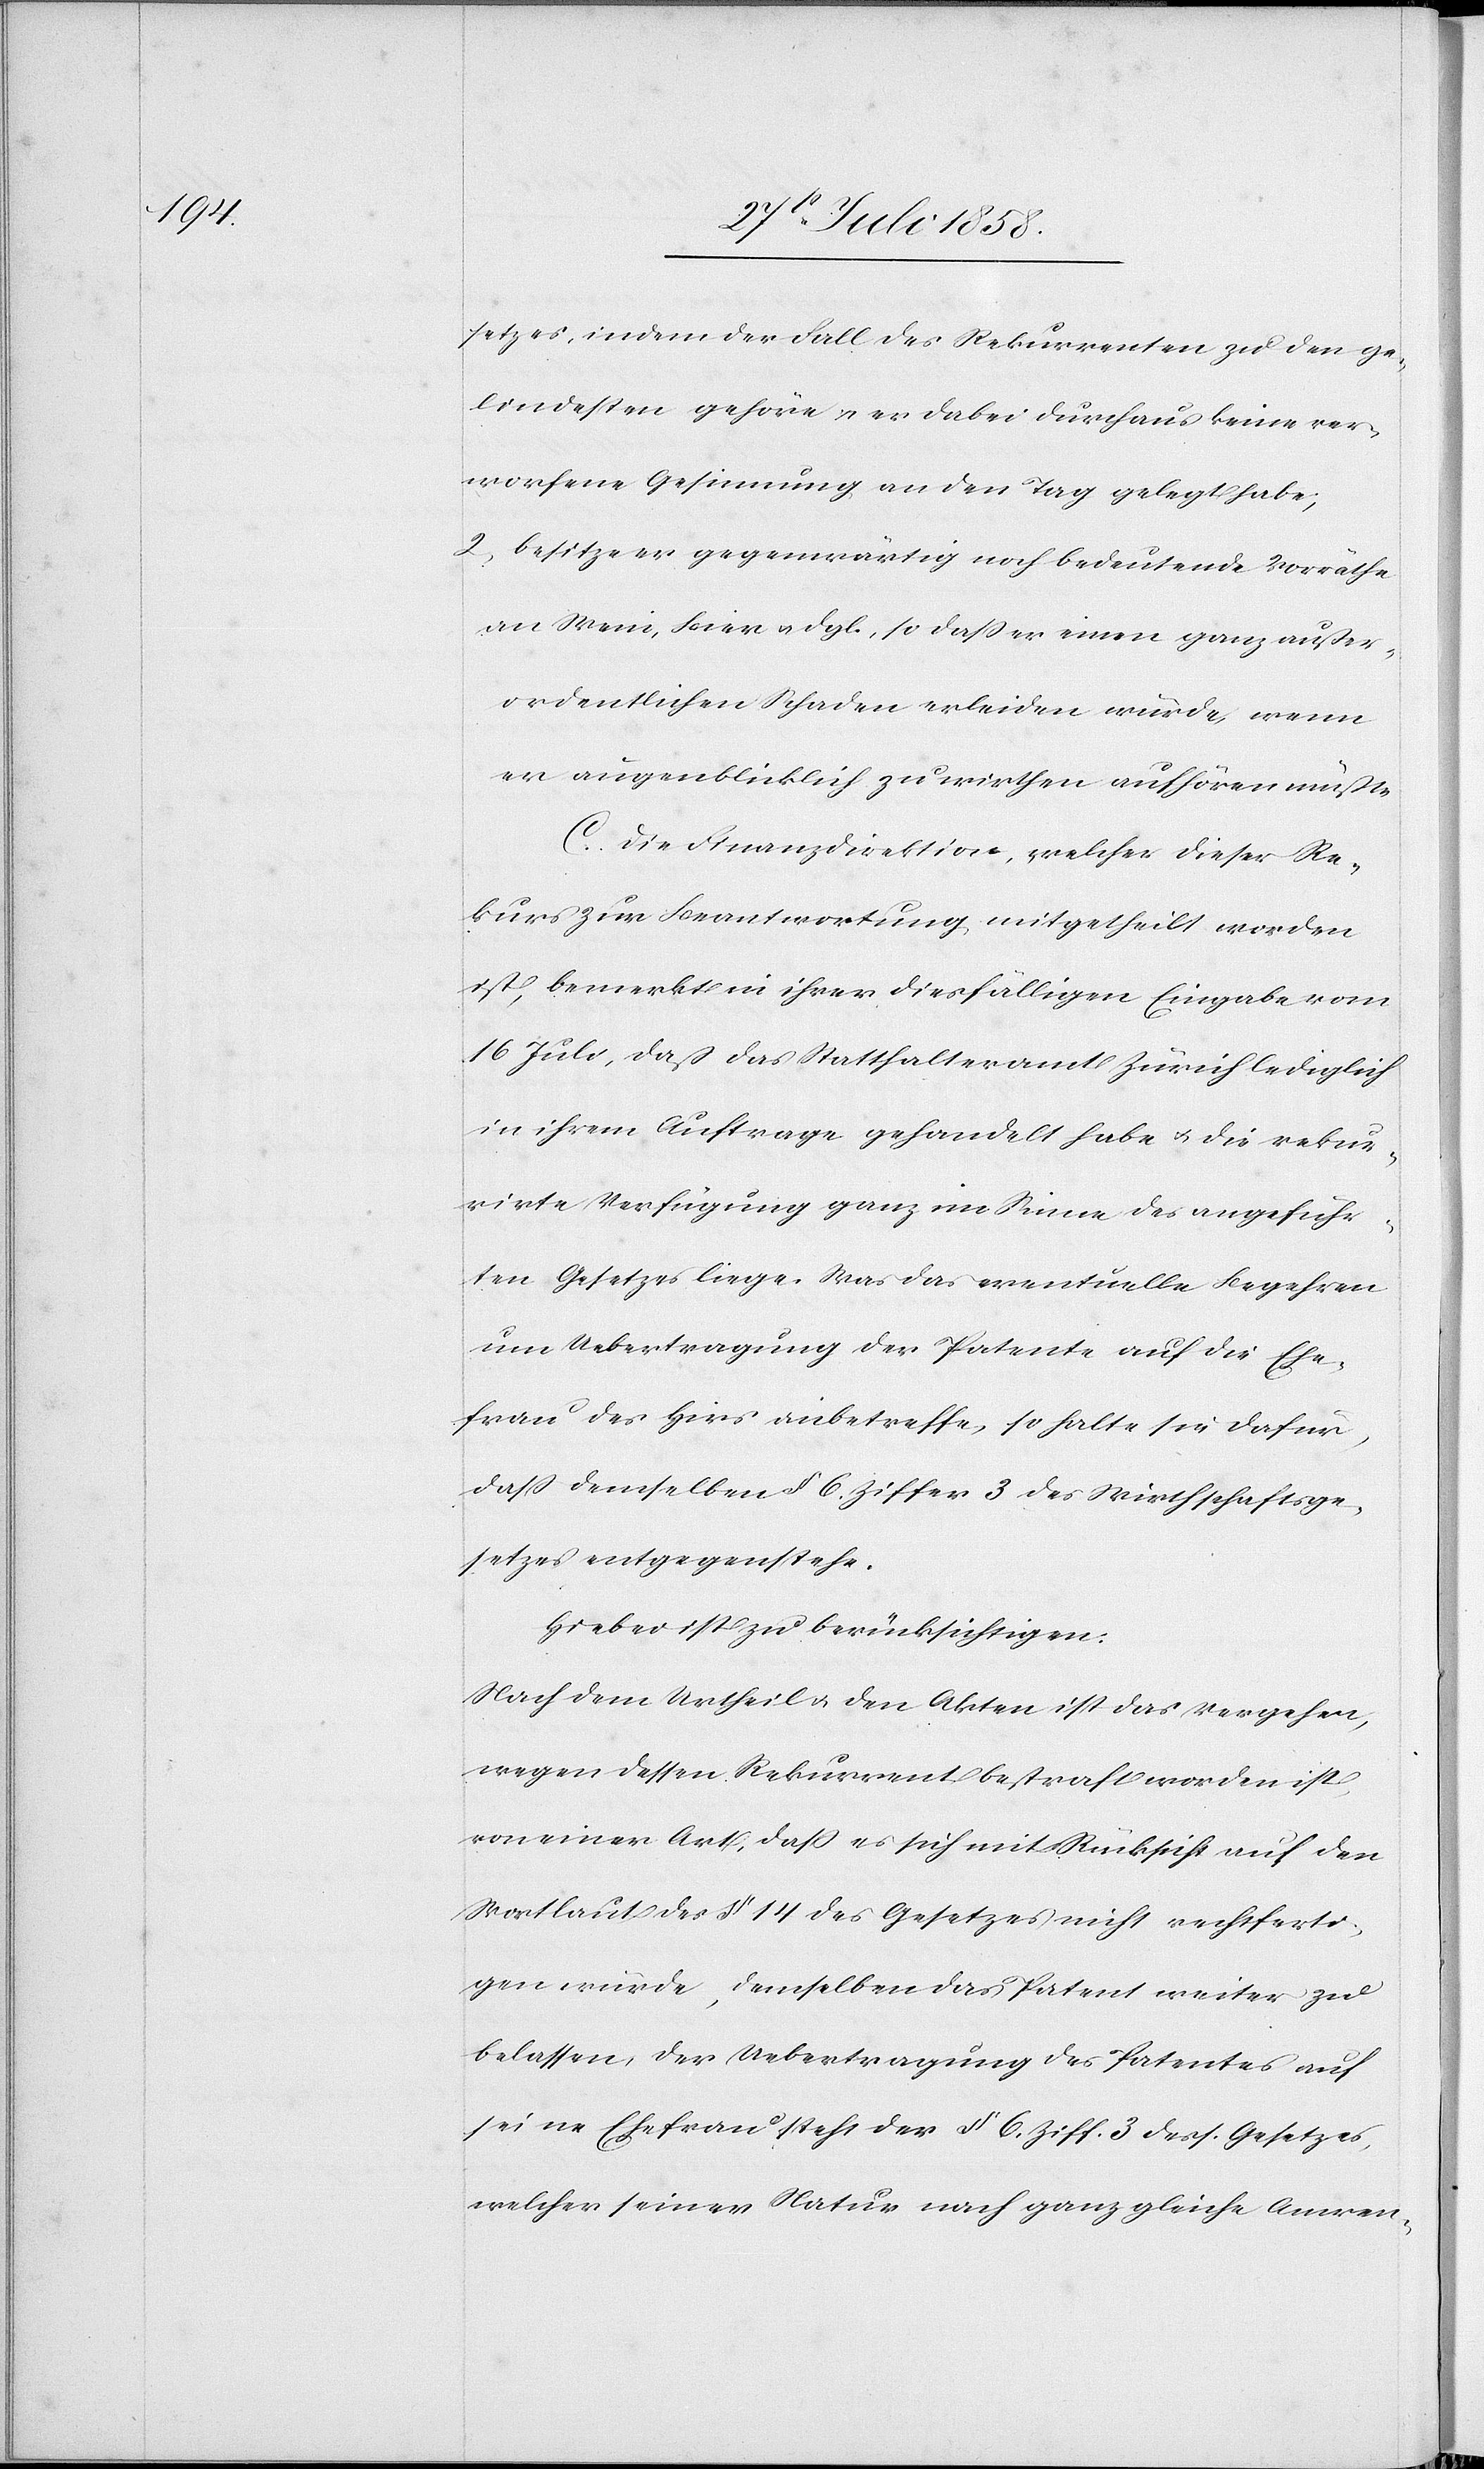
setzes, indem der Fall des Rekurrenten zu den ge¬
lindesten gehöre & er dabei durchaus keine ver¬
worfene Gesinnung an den Tag gelegt habe;
2) besitze er gegenwärtig noch bedeutende Vorräthe
an Wein, Bier & dgl., so dass er einen ganz außer¬
ordentlichen Schaden erleiden würde, wenn
er augenblicklich zu wirthen aufhören müßte.
C. Die Finanzdirektion, welcher dieser Re¬
kurs zur Beantwortung mitgetheilt worden
ist, bemerkt in ihrer diesfälligen Eingabe vom
16 Juli, daß das Statthalteramt Zürich lediglich
in ihrem Auftrage gehandelt habe & die rekur¬
rirte Verfügung ganz im Sinne des angeführ¬
ten Gesetzes liege. Was das eventuelle Begehren
um Uebertragung der Patente auf die Ehe¬
frau des Hirs anbetreffe, so halte sie dafür,
dass demselben § 6. Ziffer 3 des Wirthschaftsge¬
setzes entgegenstehe.
Hiebei ist zu berücksichtigen:
Nach dem Urtheil & den Akten ist das Vergehen,
wegen dessen Rekurrent bestraft worden ist,
von einer Art, dass es sich mit Rücksicht auf den
Wortlaut des § 14 des Gesetzes nicht rechtferti¬
gen würde, demselben das Patent weiter zu
belassen, der Uebertragung des Patentes auf
seine Ehefrau steht der § 6. Ziff. 3 dess. Gesetzes,
welcher seiner Natur nach ganz gleiche Anwen-